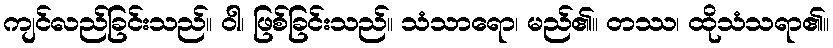
ကျင်လည်ခြင်းသည်။ ဝါ၊ ဖြစ်ခြင်းသည်။ သံသာရော၊ မည်၏။ တဿ၊ ထိုသံသရာ၏။